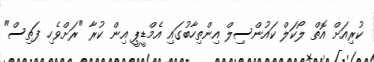
ކުރިއަށް އޮތް ލޯކަލް ކައުންސިލް އިންތިހާބުގައި އެމްޑީޕީ އިން ކުރާ "ރަށްވެހި ފަތިސް"